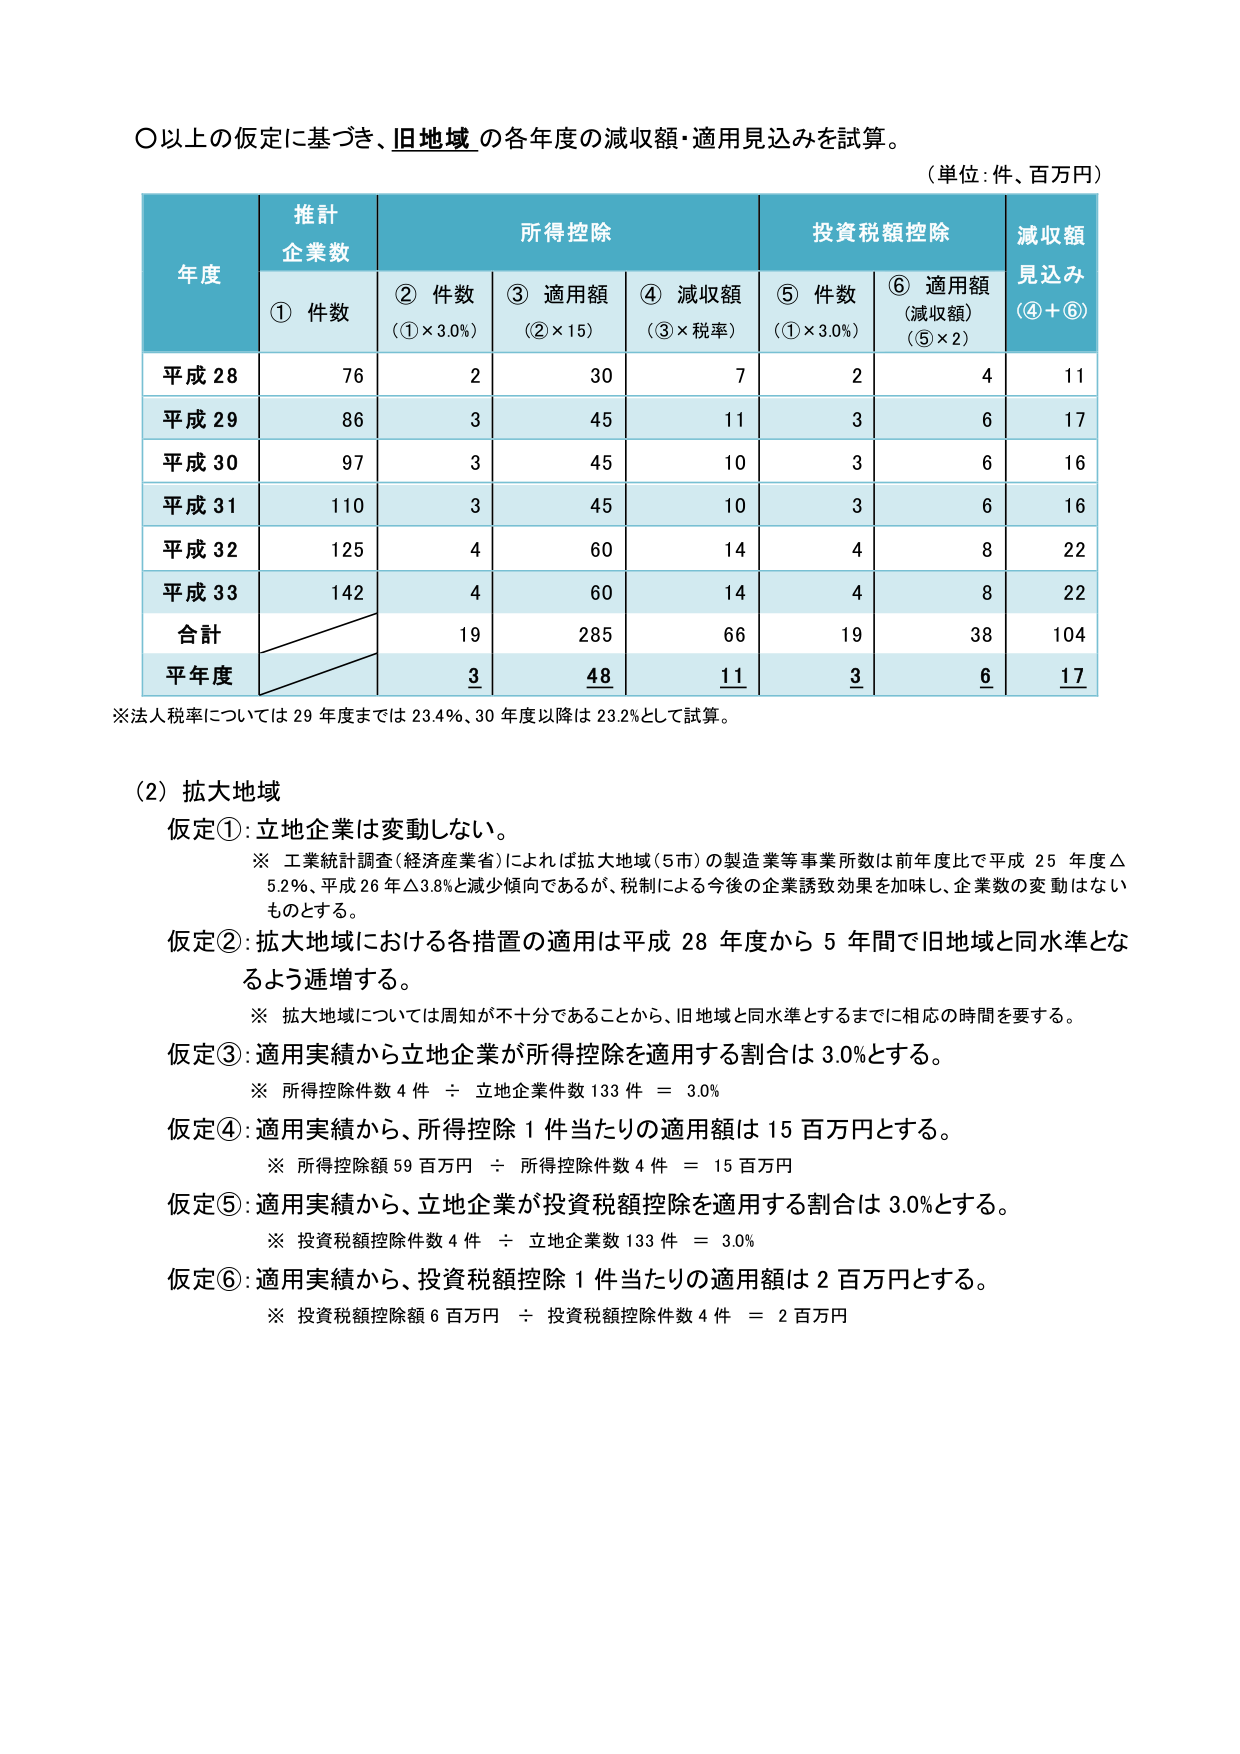
〇以上の仮定に基づき、旧地域の各年度の減収額・適用見込みを試算。
（単位：件、百万円）

年度	推計企業数	所得控除	投資税額控除	減収額見込み（④＋⑥）
	① 件数	② 件数（①×3.0%）	③ 適用額（②×15）	④ 減収額（③×税率）	⑤ 件数（①×3.0%）	⑥ 適用額（減収額）（⑤×2）
平成28	76	2	30	7	2	4	11
平成29	86	3	45	11	3	6	17
平成30	97	3	45	10	3	6	16
平成31	110	3	45	10	3	6	16
平成32	125	4	60	14	4	8	22
平成33	142	4	60	14	4	8	22
合計		19	285	66	19	38	104
平年度		3	48	11	3	6	17

※法人税率については29年度までは23.4％、30年度以降は23.2％として試算。

（2）拡大地域
仮定①：立地企業は変動しない。
　※ 工業統計調査（経済産業省）によれば拡大地域（5市）の製造業等事業所数は前年度比で平成25年度△5.2％、平成26年△3.8％と減少傾向であるが、税制による今後の企業誘致効果を加味し、企業数の変動はないものとする。
仮定②：拡大地域における各措置の適用は平成28年度から5年間で旧地域と同水準となるよう逓増する。
　※ 拡大地域については周知が不十分であることから、旧地域と同水準とするまでに相応の時間を要する。
仮定③：適用実績から立地企業が所得控除を適用する割合は3.0％とする。
　※ 所得控除件数4件 ÷ 立地企業件数133件 ＝ 3.0％
仮定④：適用実績から、所得控除1件当たりの適用額は15百万円とする。
　※ 所得控除額59百万円 ÷ 所得控除件数4件 ＝ 15百万円
仮定⑤：適用実績から、立地企業が投資税額控除を適用する割合は3.0％とする。
　※ 投資税額控除件数4件 ÷ 立地企業数133件 ＝ 3.0％
仮定⑥：適用実績から、投資税額控除1件当たりの適用額は2百万円とする。
　※ 投資税額控除額6百万円 ÷ 投資税額控除件数4件 ＝ 2百万円